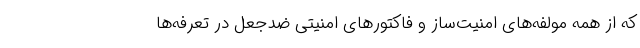
که از همه مولفه‌های امنیت‌ساز و فاکتورهای امنیتی ضدجعل در تعرفه‌ها